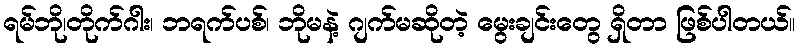
ရမ်ဘို၊တိုက်ဂါး၊ ဘရက်ပစ်၊ ဘိုမနဲ့ ဂျက်မဆိုတဲ့ မွေးချင်းတွေ ရှိတာ ဖြစ်ပါတယ်။